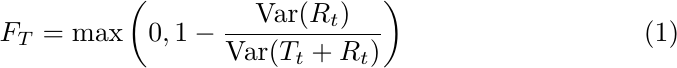
\begin{equation}\label{trend_strenth}
F_T = \max \left(0,1-\frac{\operatorname{Var}(R_t)}{\operatorname{Var}(T_t+R_t)}\right)
\end{equation}